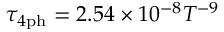
\tau _ { 4 \mathrm { p h } } = 2 . 5 4 \times 1 0 ^ { - 8 } T ^ { - 9 }